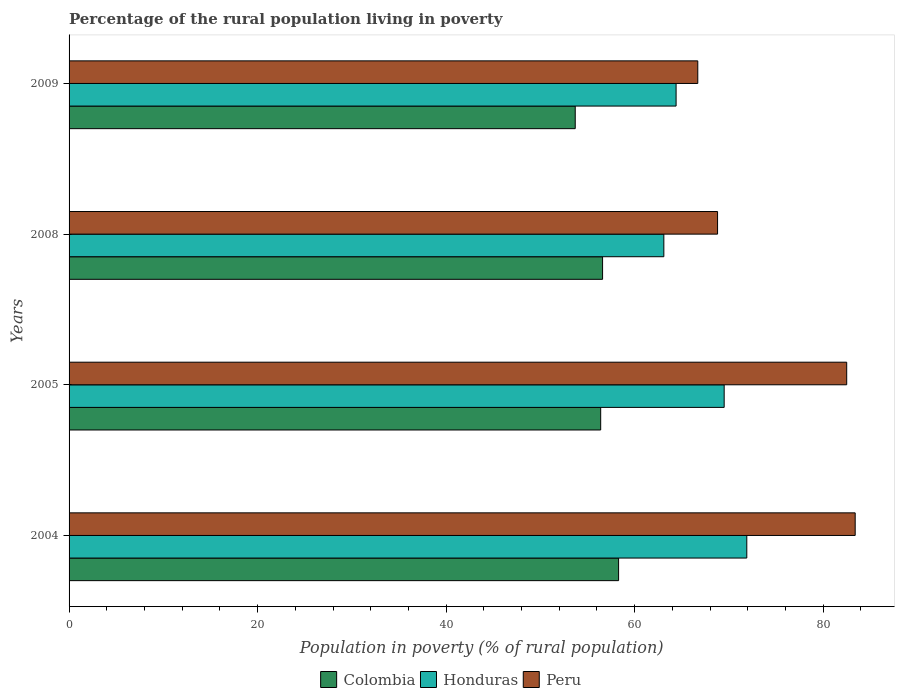
| Years | Colombia | Honduras | Peru |
 | --- | --- | --- | --- |
 | 2004 | 58.3 | 71.9 | 83.4 |
 | 2005 | 56.4 | 69.5 | 82.5 |
 | 2008 | 56.6 | 63.1 | 68.8 |
 | 2009 | 53.7 | 64.4 | 66.7 |